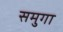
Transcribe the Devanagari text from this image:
समुगा